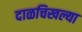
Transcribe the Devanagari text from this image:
दाळचिखल्या